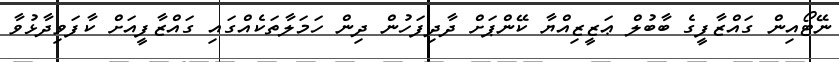
ނޭޓޯއިން ގައްޒާފީގެ ބާބުލް ޢަޒީޒިއްޔާ ކޭންޕަށް ދާދިފަހުން ދިން ހަމަލާތަކެއްގައި ގައްޒާފީއަށް ކާފަވިދާޅުވާ